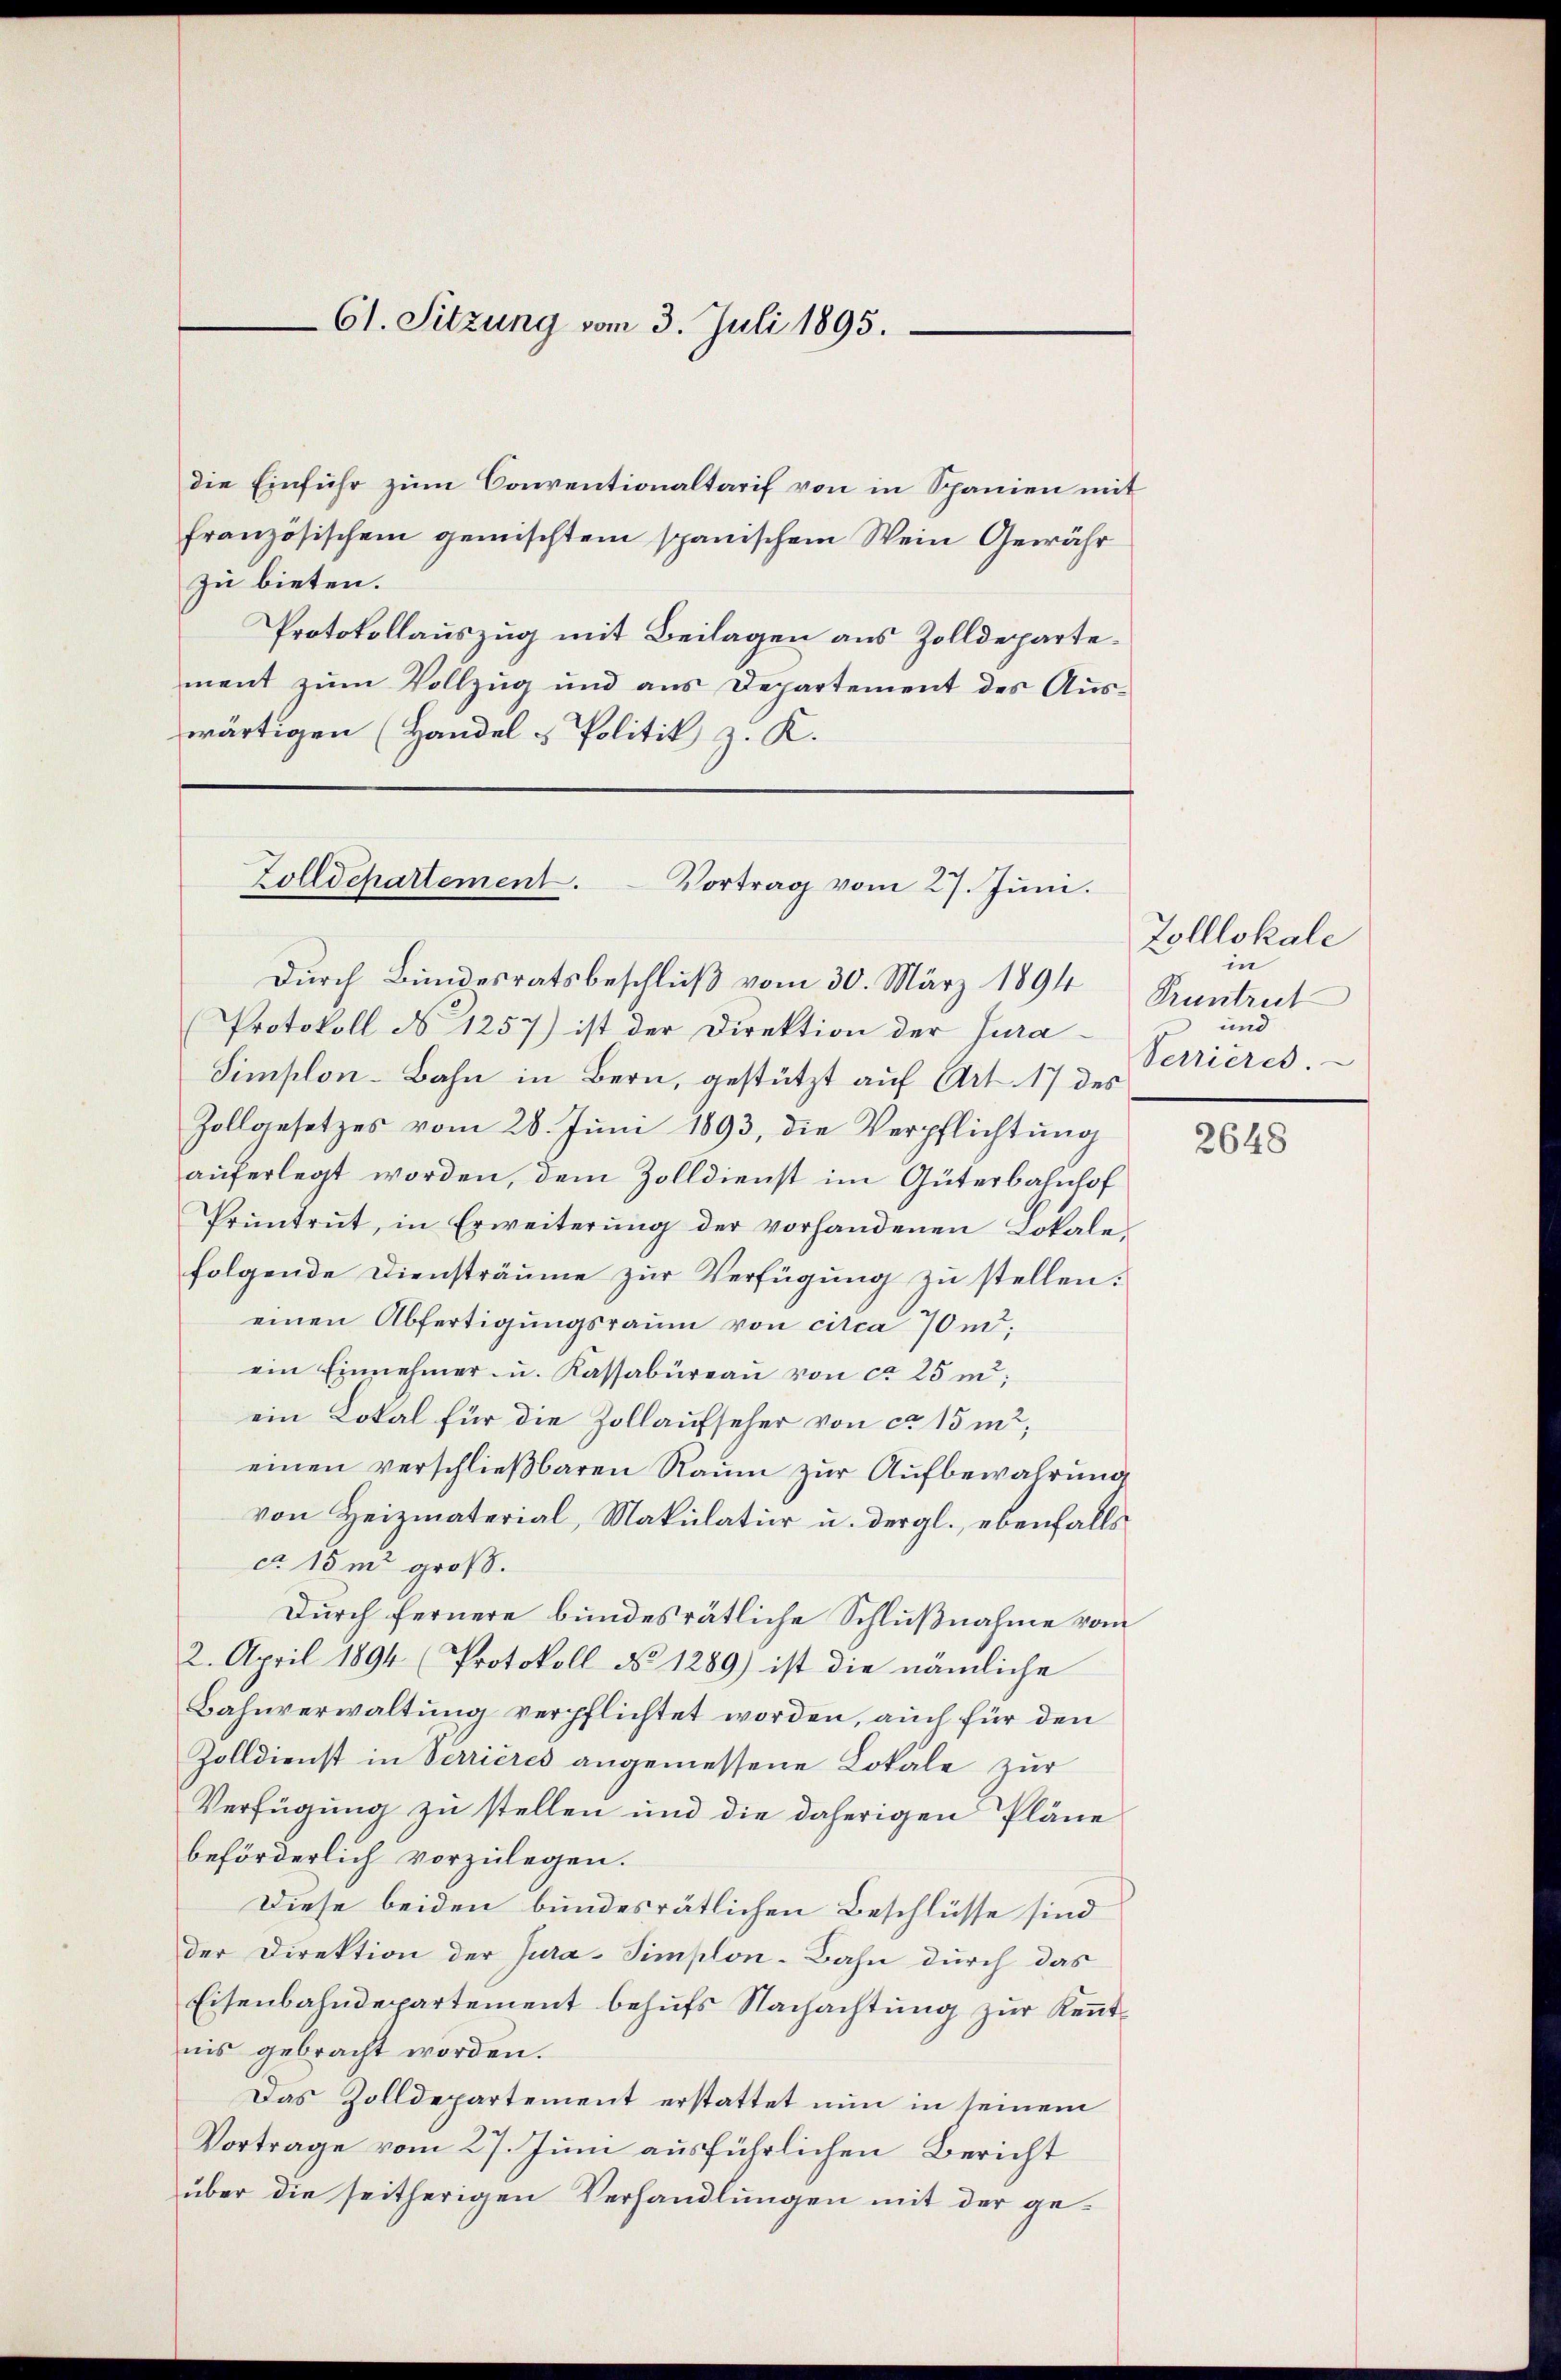
61. Sitzung vom 3. Juli 1895.

die Einführ zum Conventionaltarif von in Spanien mit
französischem gemischtem spanischem Wein Gewähr
zu bieten.
Protokollauszug mit Beilagen aus Zolldepartement zŭm Vollzug und aus Departement des Aŭs-
wärtigen (Handel - Politik z. K.

Zolldepartement. Vortrag vom 27. Jŭni.

Durch Bundesratsbeschluß vom 30. März 1894
Protokoll No 1257) ist der Direktion der Jura¬
Simplon-Bahn in Bern, gestützt auf Art. 17 des
Zollgesetzes vom 28. Juni 1893, die Verpflichtung
auferlegt worden, dem Zolldienst im Güterbahnhof
Prüntrŭt, in Erweiterŭng der vorhandenen Lokale-
folgende Diensträume zur Verfügung zu stellen.
einen Abfertigungsraum von circa 70 m
ein Einnehmer u. Kassabüreaŭ von ca 25 m;
ein Lokal für die Zollaufseher von ca 15 m2,
einen verschlieβbaren Raŭm zŭr Aŭfbewahrung
von Heizmaterial, Makulatur u. dergl., ebenfalls
co 15 m groß.
Durch fernere bundesrätliche Schlußnahme vom
2. April 1894 (Protokoll No 1289) ist die nämliche
Bahnverwaltung verpflichtet worden, auch für den
Zolldienst in Verrieres angemessene Lokale zur
Verfügung zu stellen und die daherigen Pläne
beförderlich vorzulegen.
Diese beiden bundesrätlichen Beschlüsse sind
der Direktion der Jura-Simplon-Bahn durch das
Eisenbahndepartement behufs Nachachtung zur Kenntnis gebracht worden.
Das Zolldepartement erstattet nun in seinem
Vortrage vom 27. Juni ausführlichen Bericht
über die seitherigen Verhandlungen mit der ge¬

Zolllokale
in
Pruntreit
und
Verrieres.

2648